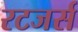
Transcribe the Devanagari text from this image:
रटजर्स